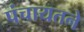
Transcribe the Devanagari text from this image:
पंचायतने